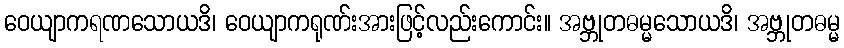
ဝေယျာကရဏသောယဒိ၊ ဝေယျာကရုဏ်းအားဖြင့်လည်းကောင်း။ အဗ္ဘုတဓမ္မသောယဒိ၊ အဗ္ဘုတဓမ္မ